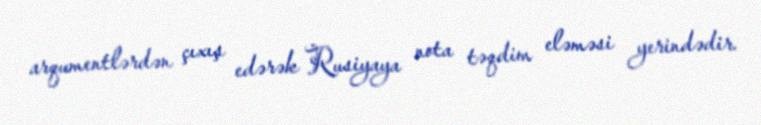
arqumentlərdən çıxış edərək Rusiyaya nota təqdim eləməsi yerindədir.